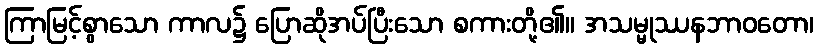
ကြာမြင့်စွာသော ကာလ၌ ပြောဆိုအပ်ပြီးသော စကားတို့၏။ အသမ္မုဿနဘာဝတော၊